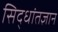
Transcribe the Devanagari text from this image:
सिद्धांतज्ञान